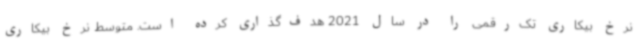
نرخ بیکاری تک‌رقمی را در سال 2021 هدف‌گذاری کرده است. متوسط نرخ بیکاری